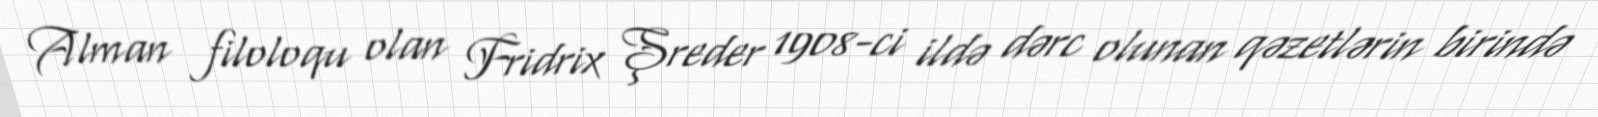
Alman filoloqu olan Fridrix Şreder 1908-ci ildə dərc olunan qəzetlərin birində